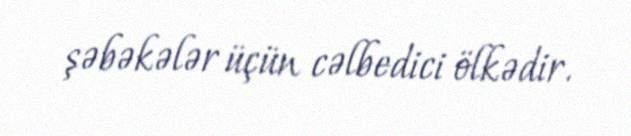
şəbəkələr üçün cəlbedici ölkədir.